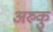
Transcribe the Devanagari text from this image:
अरुकु